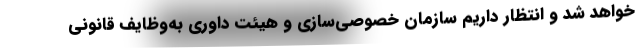
خواهد شد و انتظار داریم سازمان خصوصی‌سازی و هیئت داوری به‌وظایف قانونی